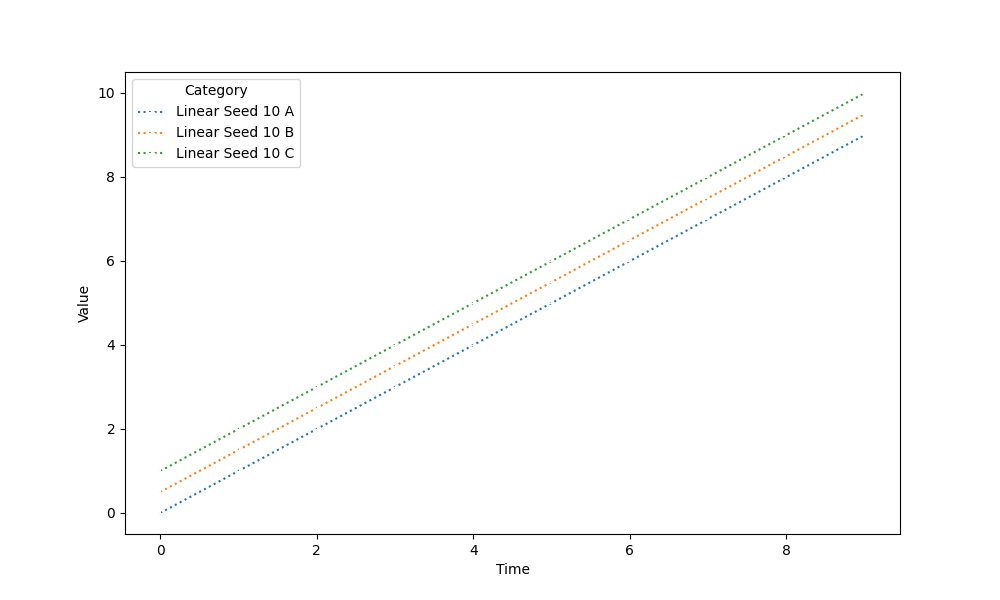
python, seaborn, lineplot, style='dotted', marker='+'